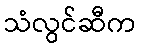
သံလွင်ဆီက